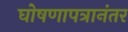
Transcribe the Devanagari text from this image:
घोषणापत्रानंतर